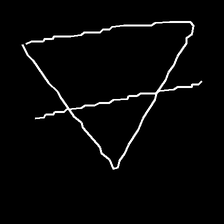
Glyph: empower